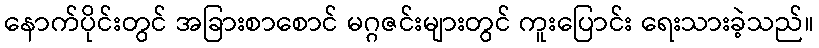
နောက်ပိုင်းတွင် အခြားစာစောင် မဂ္ဂဇင်းများတွင် ကူးပြောင်း ရေးသားခဲ့သည်။